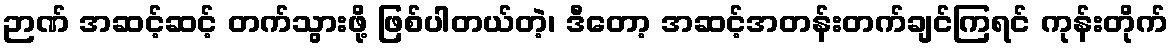
ဉာဏ် အဆင့်ဆင့် တက်သွားဖို့ ဖြစ်ပါတယ်တဲ့၊ ဒီတော့ အဆင့်အတန်းတက်ချင်ကြရင် ကုန်းတိုက်